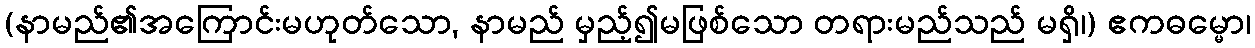
(နာမည်၏အကြောင်းမဟုတ်သော, နာမည် မှည့်၍မဖြစ်သော တရားမည်သည် မရှိ၊) ဧကဓမ္မော၊